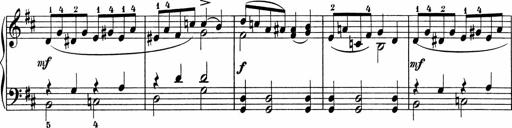
Title: 5 Sonatinen fÃ¼r die Jugend
Composer: Carl Reinecke